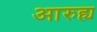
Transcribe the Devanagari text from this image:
आरुह्य